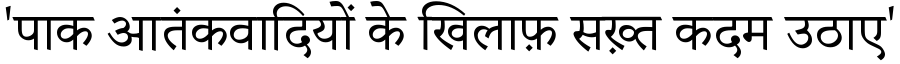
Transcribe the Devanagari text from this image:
'पाक आतंकवादियों के खिलाफ़ सख़्त कदम उठाए'